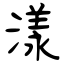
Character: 漾